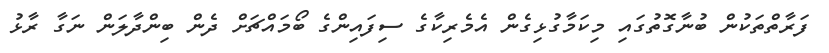
ފަރާތްތަކުން ބުނާގޮތުގައި މިކަމާގުޅިގެން އެމެރިކާގެ ސިފައިންގެ ބޯމައްޗަށް ދެން ބިންދާލަން ނަގާ ރާޅު